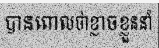
បានពោលថាខ្លាចខ្លួននាំ